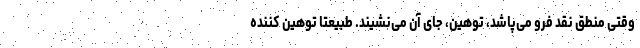
وقتی منطق نقد فرو می‌پاشد، توهین، جای آن می‌نشیند. طبیعتا توهین کننده